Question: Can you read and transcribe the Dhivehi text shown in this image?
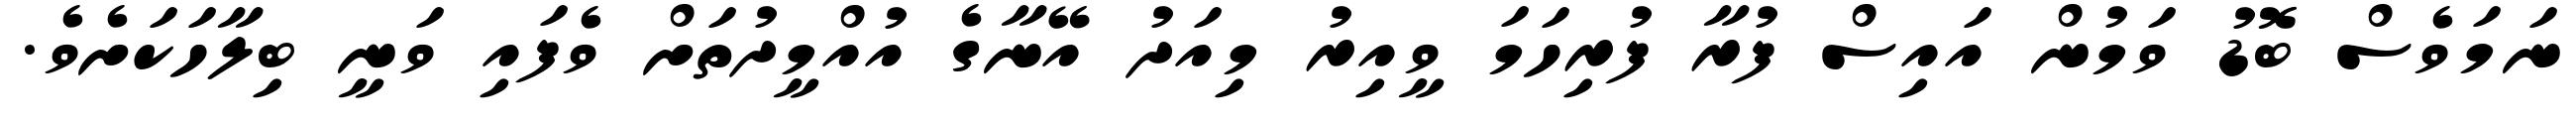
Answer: ނަމަވެސް ބޮޑު ވަމުން އައިސް ފުރާ ފުރިހަމަ ވީއިރު މިއަދު އޭނާގެ އުއްމީދުތަށް ވެފައި ވަނީ ބިލާހަކަށެވެ.